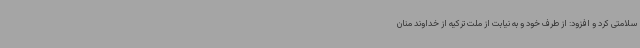
سلامتی کرد و افزود: از طرف خود و به نیابت از ملت ترکیه از خداوند منان